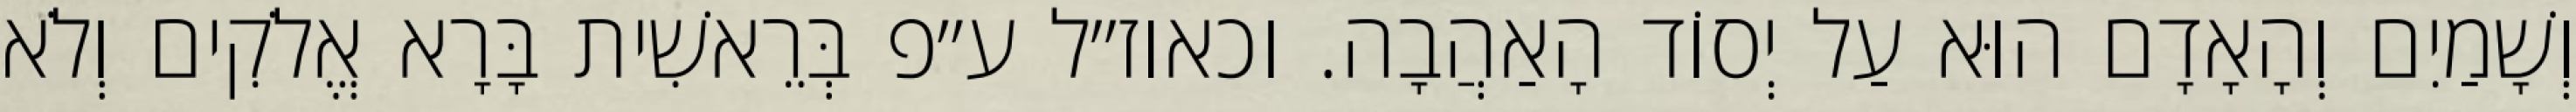
וְשָׁמַיִם וְהָאָדָם הוּא עַל יְסוֹד הָאַהֲבָה. וכאוז״ל ע״פ בְּרֵאשִׁית בָּרָא אֱלֹקִים וְלֹא